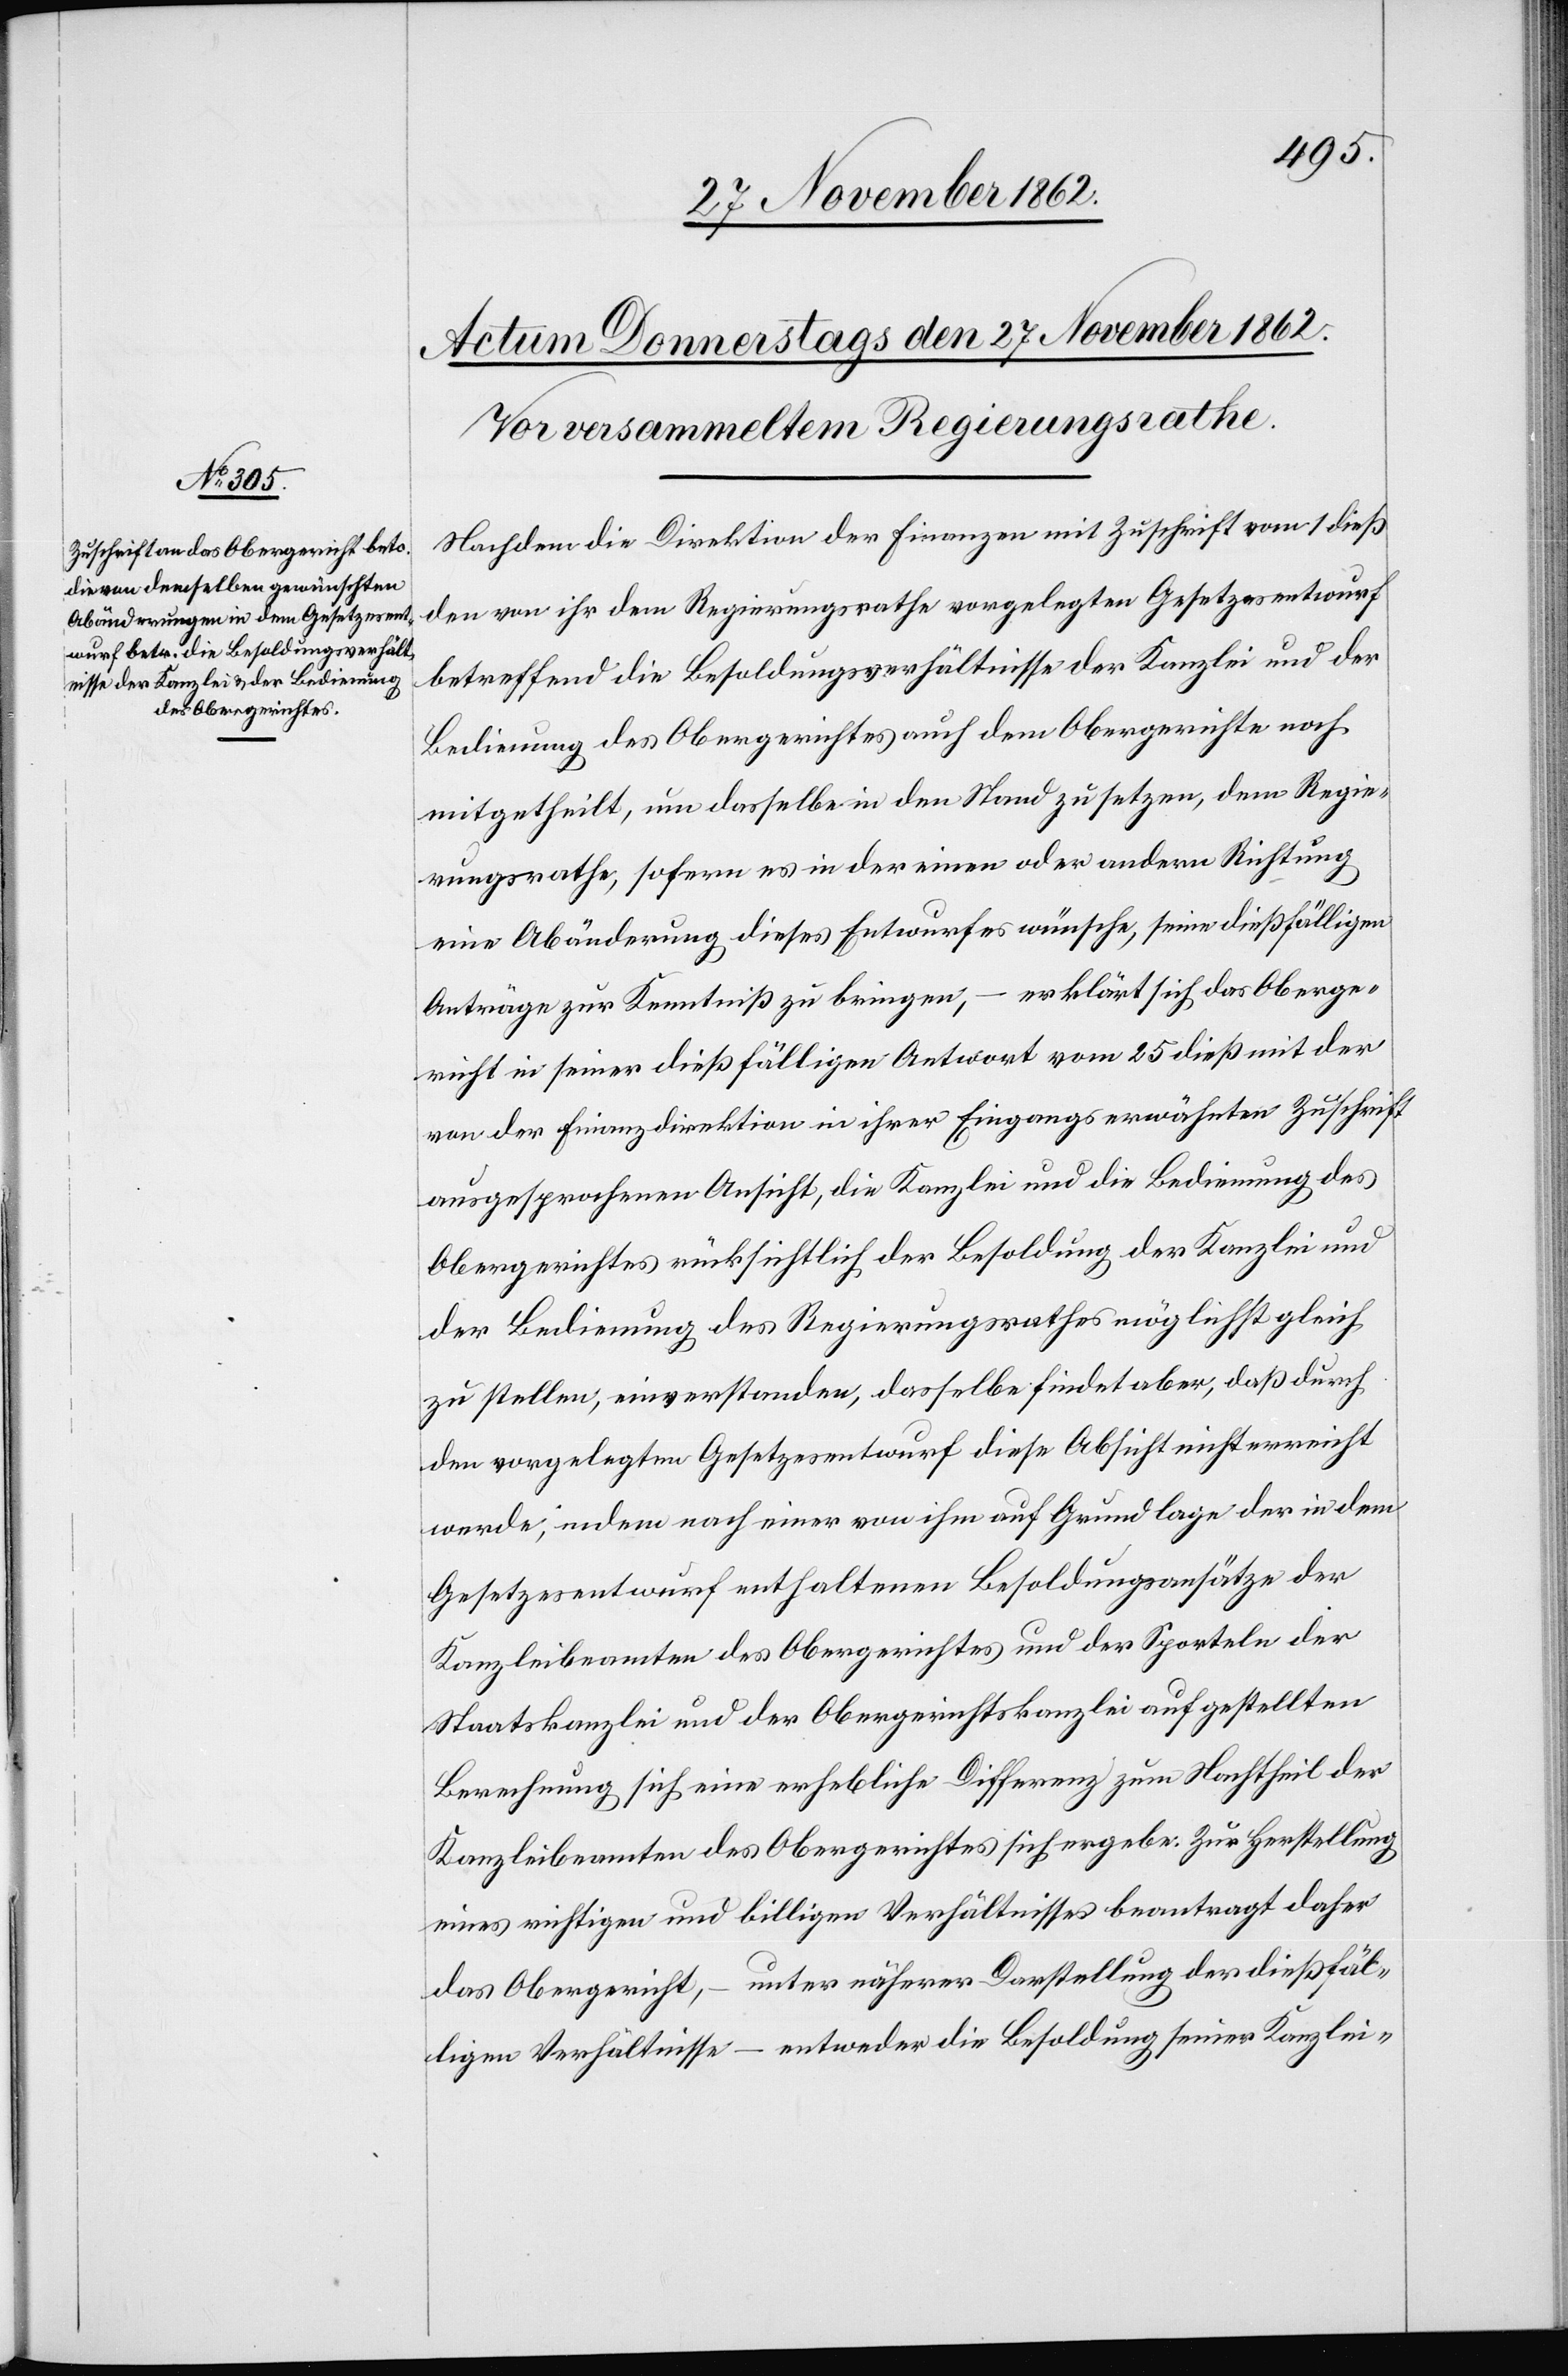
Nachdem die Direktion der Finanzen mit Zuschrift vom 1. dieß
den von ihr dem Regierungsrathe vorgelegten Gesetzesentwurf
betreffend die Besoldungsverhältnisse der Kanzlei und der
Bedienung des Obergerichtes auch dem Obergerichte noch
mitgetheilt, um dasselbe in den Stand zu setzen, dem Regie¬
rungsrathe, sofern es in der einen oder andern Richtung
eine Abänderung dieses Entwurfes wünsche, seine dießfälligen
Anträge zur Kenntniß zu bringen, – erklärt sich das Oberge¬
richt in seiner dießfälligen Antwort vom 25. dieß mit der
von der Finanzdirektion in ihrer Eingangs erwähnten Zuschrift
ausgesprochenen Ansicht, die Kanzlei und die Bedienung des
Obergerichtes rücksichtlich der Besoldung der Kanzlei und
der Bedienung des Regierungsrathes möglichst gleich
zu stellen, einverstanden, dasselbe findet aber, daß durch
den vorgelegten Gesetzesentwurf diese Absicht nicht erreicht
werde, indem nach einer von ihm auf Grundlage der in dem
Gesetzesentwurf enthaltenen Besoldungsansätze der
Kanzleibeamten des Obergerichtes und der Sporteln der
Staatskanzlei und der Obergerichtskanzlei aufgestellten
Berechnung sich eine erhebliche Differenz zum Nachtheil der
Kanzleibeamten des Obergerichtes sich ergebe. Zur Herstellung
eines richtigen und billigen Verhältnisses beantragt daher
das Obergericht, – unter näherer Darstellung der dießfäl¬
ligen Verhältnisse – entweder die Besoldung seiner Kanzlei-